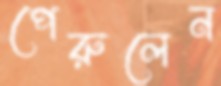
পেরুলেন